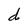
Character: d